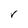
Character: V